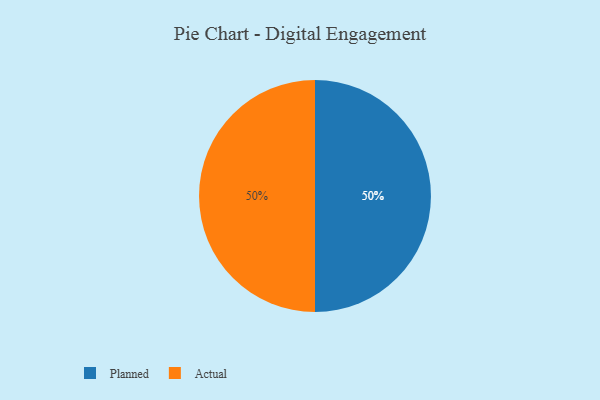
{"axis": {"x": "Category", "y": "Percentage"}, "legend": ["Actual", "Planned"], "data": [{"x": "Planned", "y": 50, "type": "Planned"}, {"x": "Actual", "y": 50, "type": "Actual"}]}